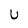
Character: U